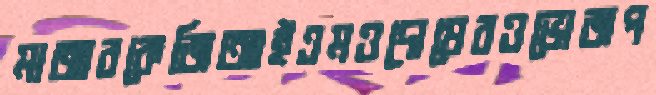
মাজারকেজিআইএমওদোষেরওভোজপ